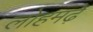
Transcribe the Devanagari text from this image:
लोहमढ़े